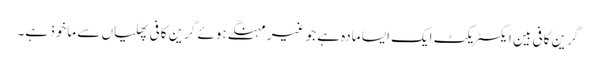
گرین کافی بین ایکسٹریکٹ ایک ایسا مادہ ہے جو غیر مہنگے ہوئے گرین کافی پھلیاں سے ماخوذ ہے۔